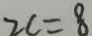
2 c = 8